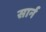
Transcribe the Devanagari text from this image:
सार्न